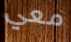
معي